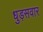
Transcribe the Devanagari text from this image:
धुड़सवार